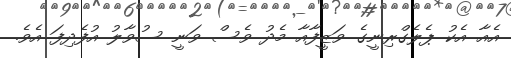
އެއާ އެކު ޕެލެގްރިނީގެ ވަޒީފާއާ މެދު ވެސް ވަނީ ސުވާލު އުފެދިފަ އެވެ.